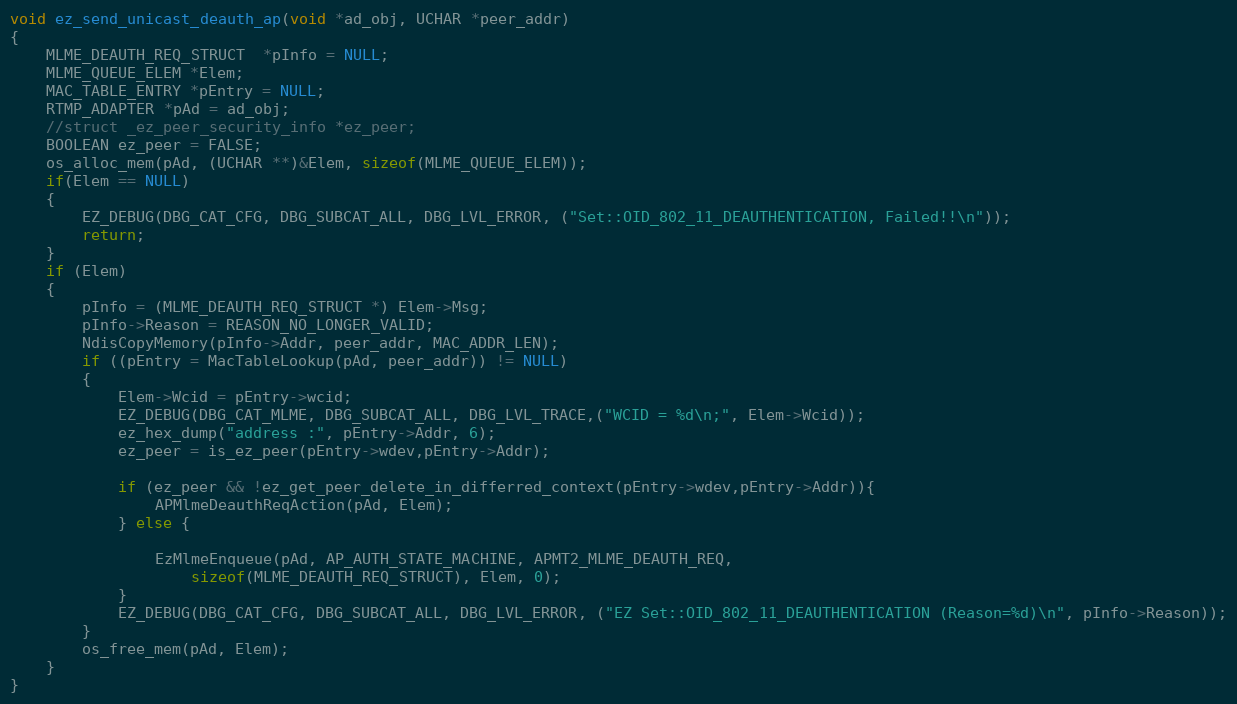
Language: C
void ez_send_unicast_deauth_ap(void *ad_obj, UCHAR *peer_addr)
{
	MLME_DEAUTH_REQ_STRUCT  *pInfo = NULL;
	MLME_QUEUE_ELEM *Elem;
	MAC_TABLE_ENTRY *pEntry = NULL;
	RTMP_ADAPTER *pAd = ad_obj;
	//struct _ez_peer_security_info *ez_peer;
	BOOLEAN ez_peer = FALSE;
	os_alloc_mem(pAd, (UCHAR **)&Elem, sizeof(MLME_QUEUE_ELEM));
	if(Elem == NULL)
	{
		EZ_DEBUG(DBG_CAT_CFG, DBG_SUBCAT_ALL, DBG_LVL_ERROR, ("Set::OID_802_11_DEAUTHENTICATION, Failed!!\n"));
		return;
	}
	if (Elem)
	{
		pInfo = (MLME_DEAUTH_REQ_STRUCT *) Elem->Msg;
		pInfo->Reason = REASON_NO_LONGER_VALID;
		NdisCopyMemory(pInfo->Addr, peer_addr, MAC_ADDR_LEN);
		if ((pEntry = MacTableLookup(pAd, peer_addr)) != NULL)
		{
			Elem->Wcid = pEntry->wcid;
			EZ_DEBUG(DBG_CAT_MLME, DBG_SUBCAT_ALL, DBG_LVL_TRACE,("WCID = %d\n;", Elem->Wcid));
			ez_hex_dump("address :", pEntry->Addr, 6);
			ez_peer = is_ez_peer(pEntry->wdev,pEntry->Addr);

			if (ez_peer && !ez_get_peer_delete_in_differred_context(pEntry->wdev,pEntry->Addr)){
				APMlmeDeauthReqAction(pAd, Elem);
			} else {

				EzMlmeEnqueue(pAd, AP_AUTH_STATE_MACHINE, APMT2_MLME_DEAUTH_REQ,
					sizeof(MLME_DEAUTH_REQ_STRUCT), Elem, 0);
			}
			EZ_DEBUG(DBG_CAT_CFG, DBG_SUBCAT_ALL, DBG_LVL_ERROR, ("EZ Set::OID_802_11_DEAUTHENTICATION (Reason=%d)\n", pInfo->Reason));
		}
		os_free_mem(pAd, Elem);
	}
}